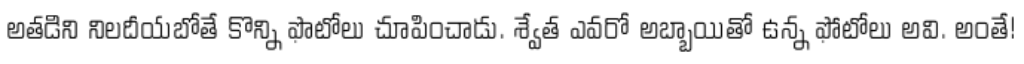
అతడిని నిలదీయబోతే కొన్ని ఫొటోలు చూపించాడు. శ్వేత ఎవరో అబ్బాయితో ఉన్న ఫోటోలు అవి. అంతే!